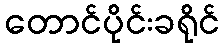
တောင်ပိုင်းခရိုင်